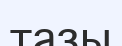
тазы